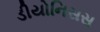
ડીયોનિસસ